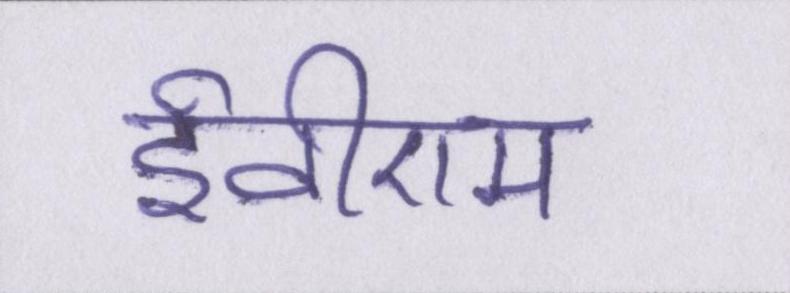
ईवीएम